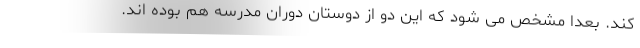
کند. بعدا مشخص می شود که این دو از دوستان دوران مدرسه هم بوده اند.